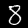
Digit: 8